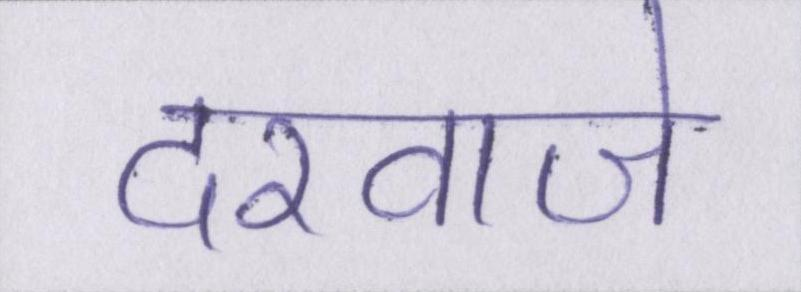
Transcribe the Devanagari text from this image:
दरवाजे